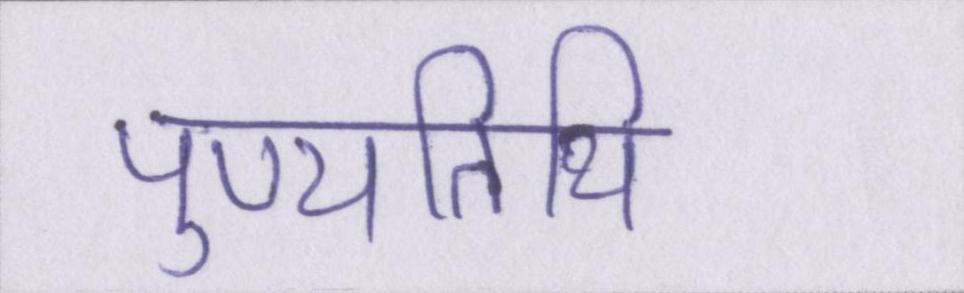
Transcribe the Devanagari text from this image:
पुण्यतिथि